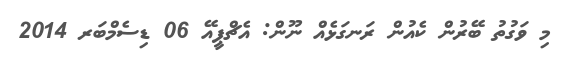
މި ވަގުތު ބޭރުން ކެއުން ރަނގަޅެއް ނޫން: އެޗްޕީއޭ 06 ޑިސެމްބަރ 2014